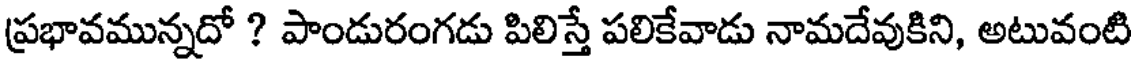
ప్రభావమున్నదో ? పాండురంగడు పిలిస్తే పలికేవాడు నామదేవుకిని, అటువంటి